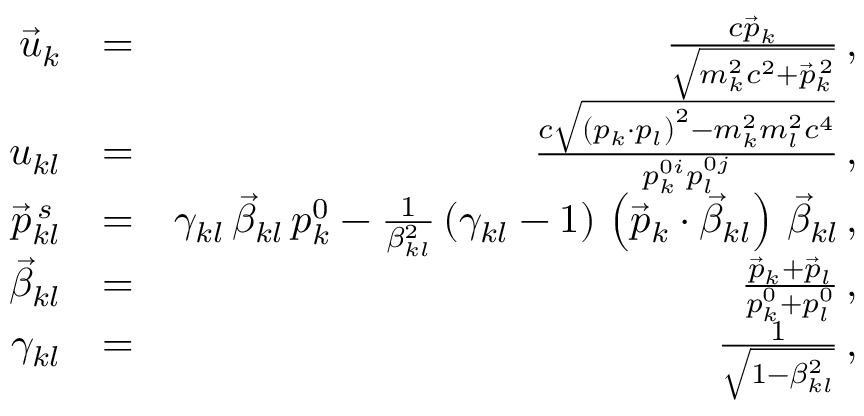
\begin{array} { r l r } { \vec { u } _ { k } } & { = } & { \frac { c \vec { p } _ { k } } { \sqrt { m _ { k } ^ { 2 } c ^ { 2 } + \vec { p } _ { k } ^ { \, 2 } } } \, , } \\ { u _ { k l } } & { = } & { \frac { c \sqrt { \left( p _ { k } \cdot p _ { l } \right) ^ { 2 } - m _ { k } ^ { 2 } m _ { l } ^ { 2 } c ^ { 4 } } } { p _ { k } ^ { 0 i } p _ { l } ^ { 0 j } } \, , } \\ { \vec { p } _ { k l } ^ { \, s } } & { = } & { \gamma _ { k l } \, \vec { \beta } _ { k l } \, p _ { k } ^ { 0 } - \frac { 1 } { \beta _ { k l } ^ { 2 } } \, ( \gamma _ { k l } - 1 ) \, \left( \vec { p } _ { k } \cdot \vec { \beta } _ { k l } \right) \, \vec { \beta } _ { k l } \, , } \\ { \vec { \beta } _ { k l } } & { = } & { \frac { \vec { p } _ { k } + \vec { p } _ { l } } { p _ { k } ^ { 0 } + p _ { l } ^ { 0 } } \, , } \\ { \gamma _ { k l } } & { = } & { \frac { 1 } { \sqrt { 1 - \beta _ { k l } ^ { 2 } } } \, , } \end{array}